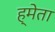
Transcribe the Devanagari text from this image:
ह्मेता